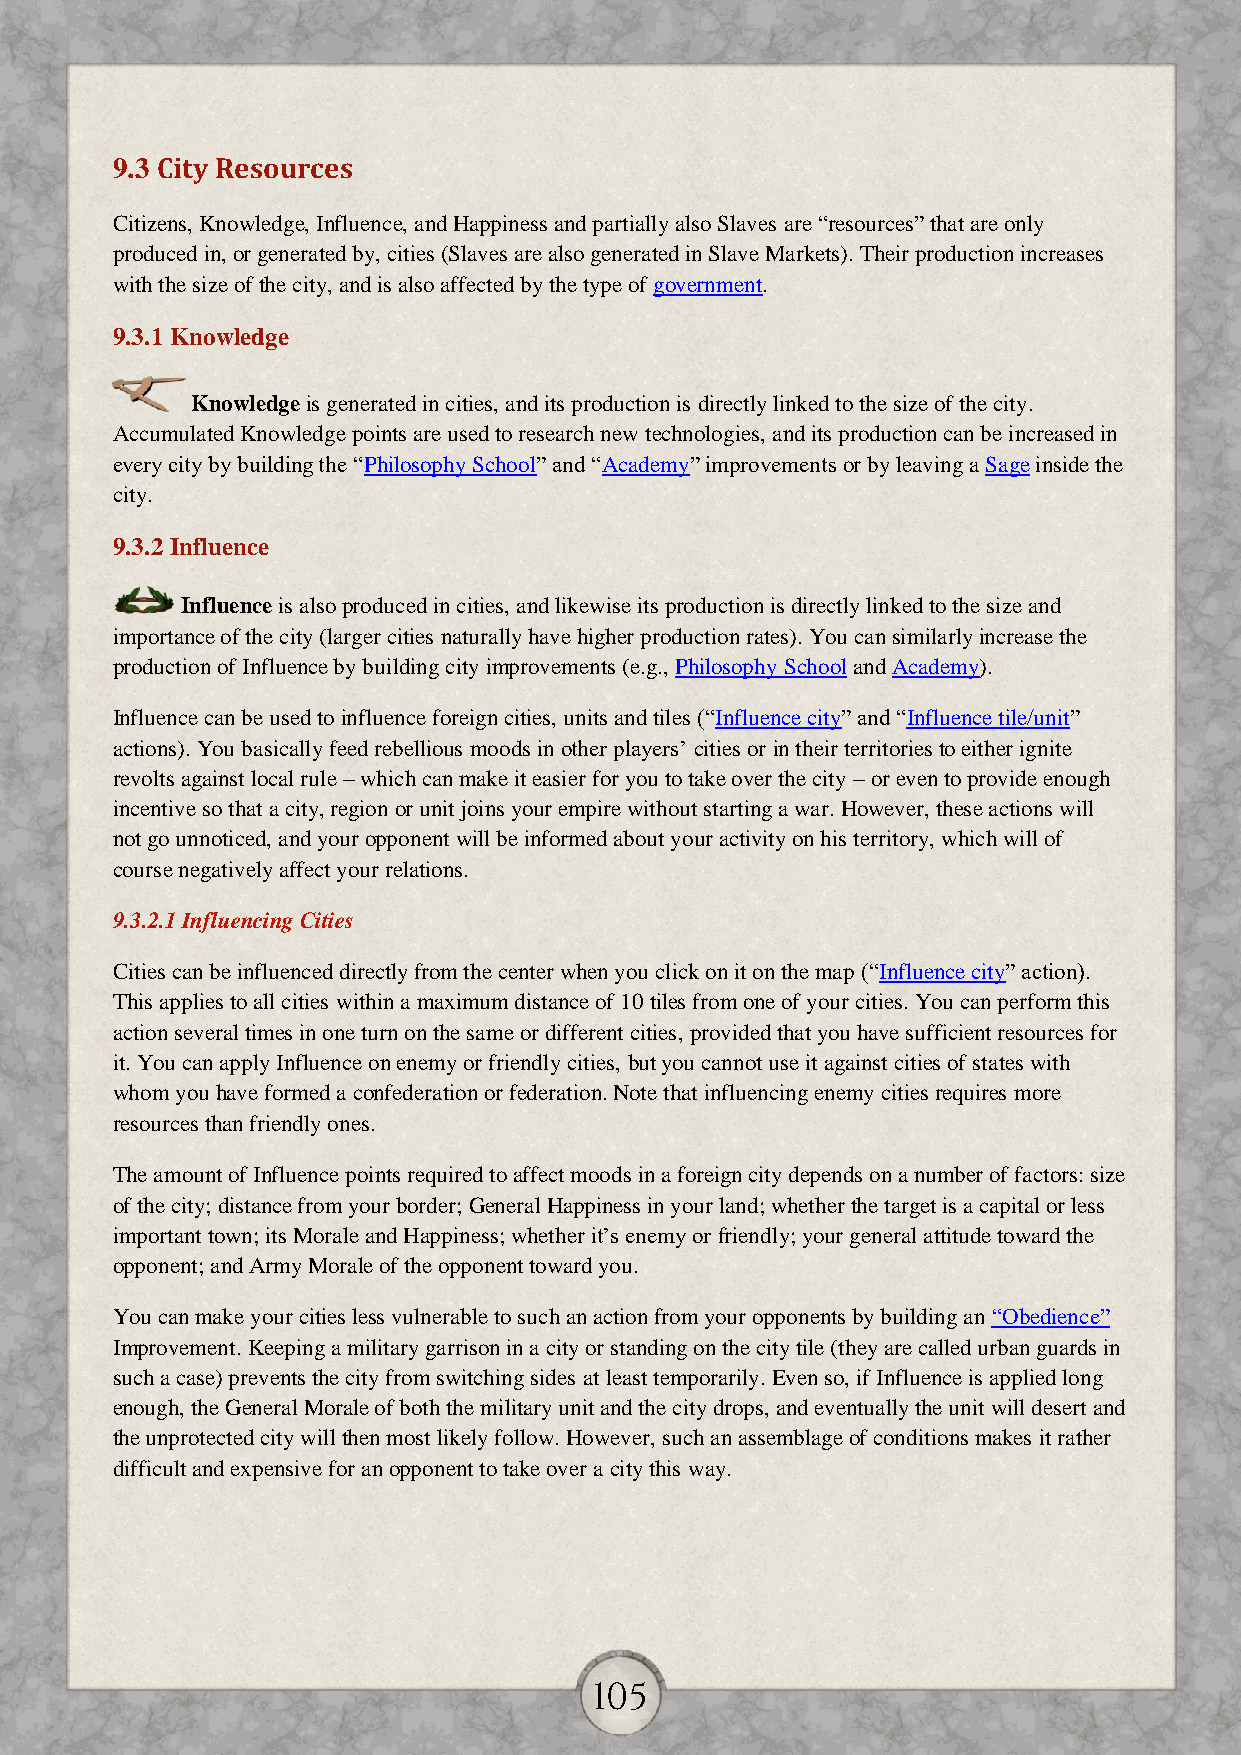
9.3 City Resources
 Citizens, Knowledge, Influence, and Happiness and partially also Slaves are “resources” that are only
 produced in, or generated by, cities (Slaves are also generated in Slave Markets). Their production increases
 with the size of the city, and is also affected by the type of government.
 9.3.1 Knowledge
 Knowledge is generated in cities, and its production is directly linked to the size of the city.
 Accumulated Knowledge points are used to research new technologies, and its production can be increased in
 every city by building the “Philosophy School” and “Academy” improvements or by leaving a Sage inside the
 city.
 9.3.2 Influence
 Influence is also produced in cities, and likewise its production is directly linked to the size and
 importance of the city (larger cities naturally have higher production rates). You can similarly increase the
 production of Influence by building city improvements (e.g., Philosophy School and Academy).
 Influence can be used to influence foreign cities, units and tiles (“Influence city” and “Influence tile/unit”
 actions). You basically feed rebellious moods in other players’ cities or in their territories to either ignite
 revolts against local rule – which can make it easier for you to take over the city – or even to provide enough
 incentive so that a city, region or unit joins your empire without starting a war. However, these actions will
 not go unnoticed, and your opponent will be informed about your activity on his territory, which will of
 course negatively affect your relations.
 9.3.2.1 Influencing Cities
 Cities can be influenced directly from the center when you click on it on the map (“Influence city” action).
 This applies to all cities within a maximum distance of 10 tiles from one of your cities. You can perform this
 action several times in one turn on the same or different cities, provided that you have sufficient resources for
 it. You can apply Influence on enemy or friendly cities, but you cannot use it against cities of states with
 whom you have formed a confederation or federation. Note that influencing enemy cities requires more
 resources than friendly ones.
 The amount of Influence points required to affect moods in a foreign city depends on a number of factors: size
 of the city; distance from your border; General Happiness in your land; whether the target is a capital or less
 important town; its Morale and Happiness; whether it’s enemy or friendly; your general attitude toward the
 opponent; and Army Morale of the opponent toward you.
 You can make your cities less vulnerable to such an action from your opponents by building an “Obedience”
 Improvement. Keeping a military garrison in a city or standing on the city tile (they are called urban guards in
 such a case) prevents the city from switching sides at least temporarily. Even so, if Influence is applied long
 enough, the General Morale of both the military unit and the city drops, and eventually the unit will desert and
 the unprotected city will then most likely follow. However, such an assemblage of conditions makes it rather
 difficult and expensive for an opponent to take over a city this way.
 105